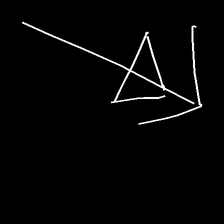
Glyph: pull